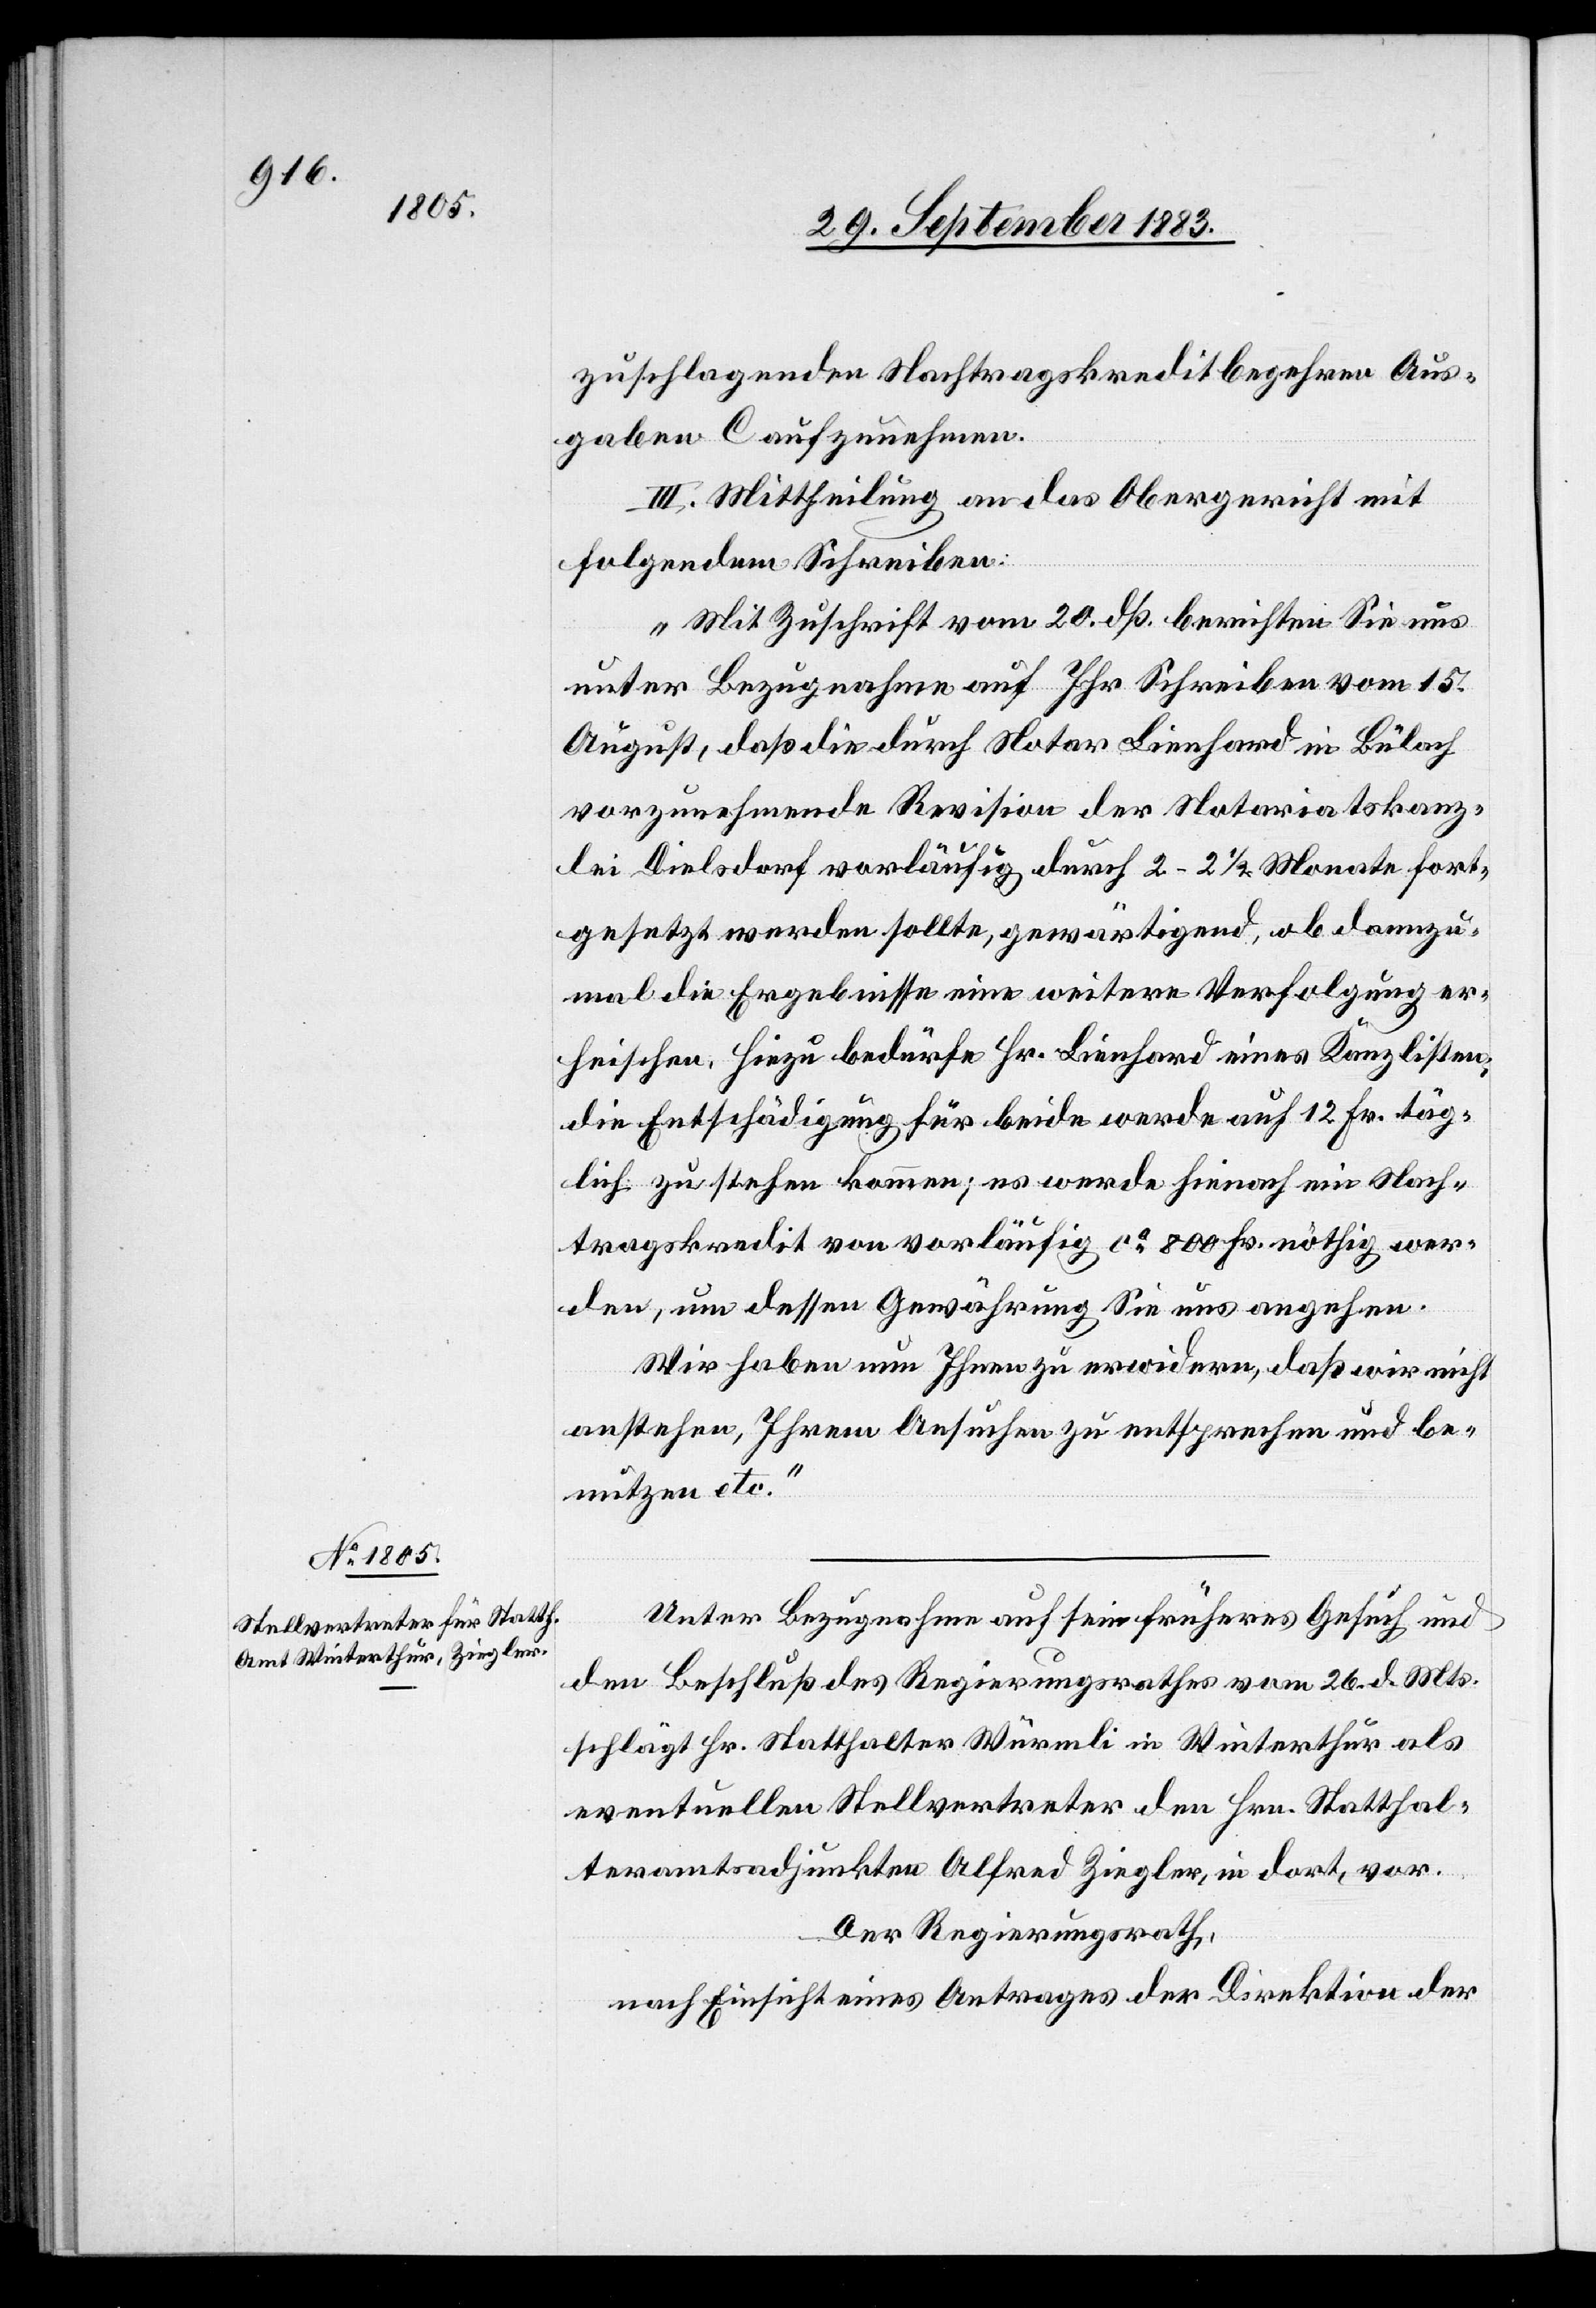
geschlagenen Nachtragskreditbegehren Aus¬
gaben C aufzunehmen.
III. Mittheilung an das Obergericht mit
„Mit Zuschrift vom 20. dß. berichten Sie uns
unter Bezugnahme auf Ihr Schreiben vom 15.
August, daß die durch Notar Lienhard in Bülach
vorzunehmende Revision der Notariatskanz¬
lei Dielsdorf vorläufig durch 2–2 1/2 Monate fort¬
gesetzt werden sollte, gewärtigend, ob dannzu¬
mal die Ergebnisse eine weitere Verfolgung er¬
heischen, hiezu bedürfe Hr. Lienhard eines Kanzlisten;
die Entschädigung für beide werde auf 12 Fr. täg¬
lich zu stehen kommen; es werde hienach ein Nach¬
tragskredit von vorläufig ca 800 Fr. nöthig wer¬
den, um dessen Gewährung Sie uns angehen.
Wir haben nun Ihnen zu erwidern, daß wir nicht
anstehen, Ihrem Ansuchen zu entsprechen und be¬
nutzen etc.“
Unter Bezugnahme auf sein früheres Gesuch und
den Beschluß des Regierungsrathes vom 26. d. Mts.
schlägt Hr. Statthalter Würmli in Winterthur als
eventuellen Stellvertreter den Hrn. Statthal¬
teramtsadjunkten Alfred Ziegler, in dort, vor.
Der Regierungsrath,
nach Einsicht eines Antrages der Direktion der